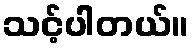
သင့်ပါတယ်။